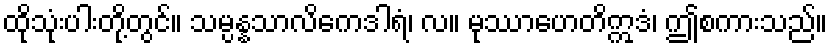
ထိုသုံးပါးတို့တွင်။ သမ္ပန္နသာလိကေဒါရံ၊ လ။ မုဿာဟေတိဣဒံ၊ ဤစကားသည်။